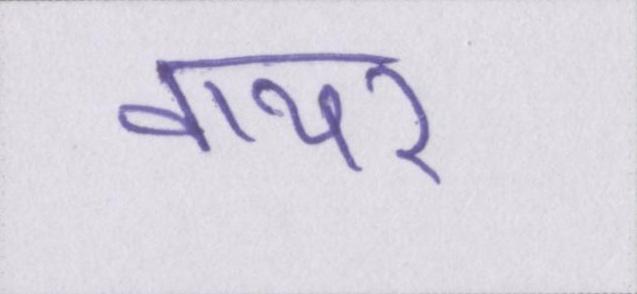
वायर